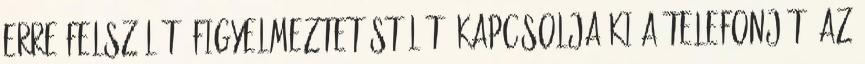
erre felszólító figyelmeztetést lát, kapcsolja ki a telefonját. Az